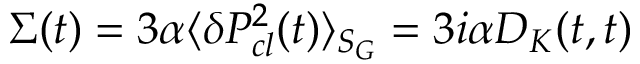
\Sigma ( t ) = 3 \alpha \langle \delta P _ { c l } ^ { 2 } ( t ) \rangle _ { { \cal S } _ { G } } = 3 i \alpha D _ { K } ( t , t )